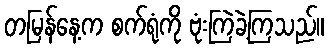
တမြန်နေ့က စက်ရုံကို ဗုံးကြဲခဲ့ကြသည်။